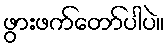
ဖွားဖက်တော်ပါပဲ။